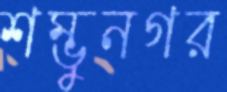
শম্ভুনগর